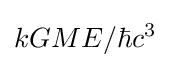
{kGME}/{\hbar c^{3}}